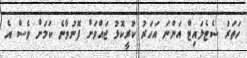
ހަތަރު ސެޓެލައިޓް އަންނަ އަހަރު ކުރީކޮޅު ޖައްވަށް ފޮނުވާނެ ކަމަށް ވެސް އެ